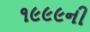
૧૯૯૯ની